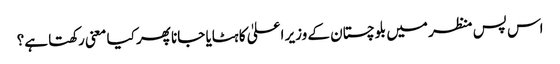
اس پس منظر میں بلوچستان کے وزیر اعلیٰ کا ہٹایا جانا پھر کیا معنی رکھتا ہے؟